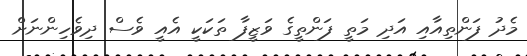
މެދު ފަންތިއާއި އަދި މަތީ ފަންތީގެ ވަޒީފާ ތަކަކީ އެއީ ވެސް ދިވެހިންނަށް